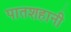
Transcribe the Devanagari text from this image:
पातशहानी